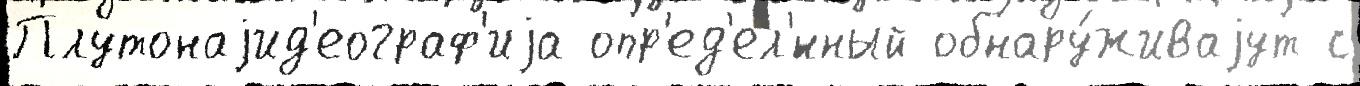
Плутонаjид'еограф'иjа опр'ед'ел'́нный обнару́живаjут с